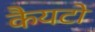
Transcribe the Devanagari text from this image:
कैयटो